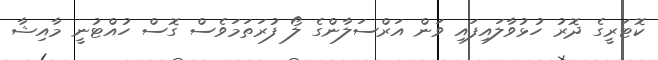
ކޮޓަރީގެ ދޮރު ހުޅުވާލައިފައި ވަން އަރްސަލާންގެ ލޯ ފުރަތަމަވެސް ގޮސް ހުއްޓުނީ މާއިޝާ